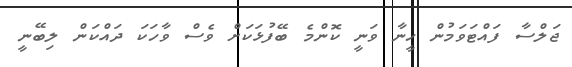
ޖަލްސާ ފައްޓަވަމުން ހީނާ ވަނީ ކޮންމެ ބޭފުޅަކަށް ވެސް ވާހަކަ ދައްކަން ލިބޭނީ